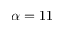
\alpha = 1 1